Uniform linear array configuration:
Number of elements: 8
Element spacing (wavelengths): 1
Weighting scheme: hamming
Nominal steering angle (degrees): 45
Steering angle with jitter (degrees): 44.369
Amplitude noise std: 0.05
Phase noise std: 0.05

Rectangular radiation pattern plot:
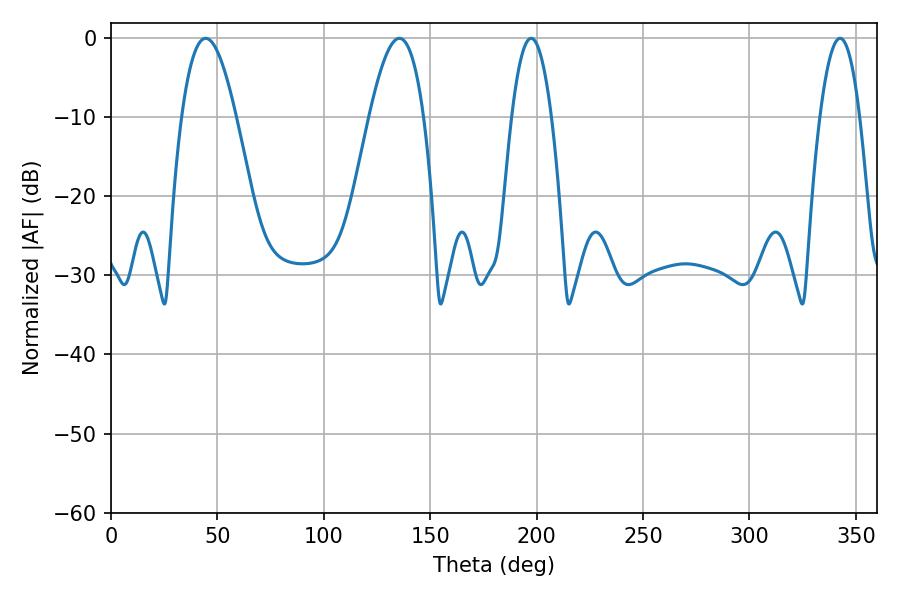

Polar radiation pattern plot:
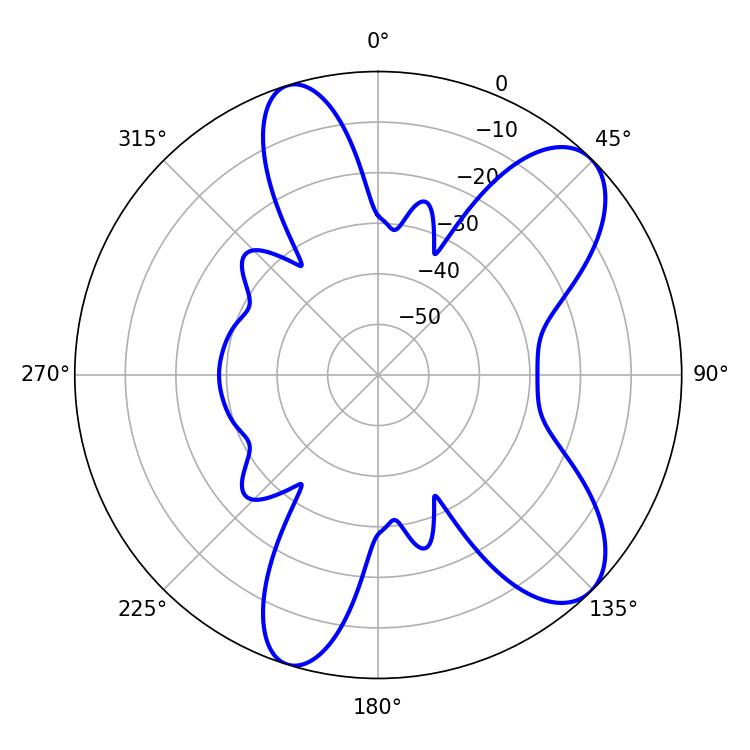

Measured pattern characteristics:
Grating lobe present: TRUE
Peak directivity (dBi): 8.911
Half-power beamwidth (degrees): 13.86
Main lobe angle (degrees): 44.46